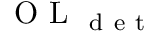
\mathrm { ~ O ~ L ~ } _ { \mathrm { ~ d ~ e ~ t ~ } }